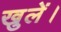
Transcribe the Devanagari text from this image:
खुलें।